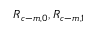
R _ { c - m , 0 } , R _ { c - m , 1 }